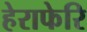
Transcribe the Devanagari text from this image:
हेराफेरि